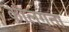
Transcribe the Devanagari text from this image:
कोलगता